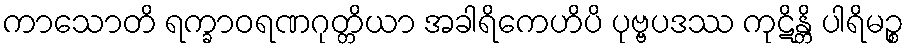
ကာသောတိ ရက္ခာဝရဏဂုတ္တိယာ အခါရိကေဟိပိ ပုဗ္ဗပဒဿ ကုဋိန္တိ ပါရိမဉ္စ